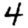
Digit: 4